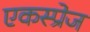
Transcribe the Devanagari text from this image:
एकस्प्रेज